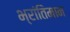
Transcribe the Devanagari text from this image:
भ्रांतिमान